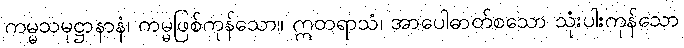
ကမ္မသမုဋ္ဌာနာနံ၊ ကမ္မဖြစ်ကုန်သော။ ဣတရာသံ၊ အာပေါဓာတ်စသော သုံးပါးကုန်သော